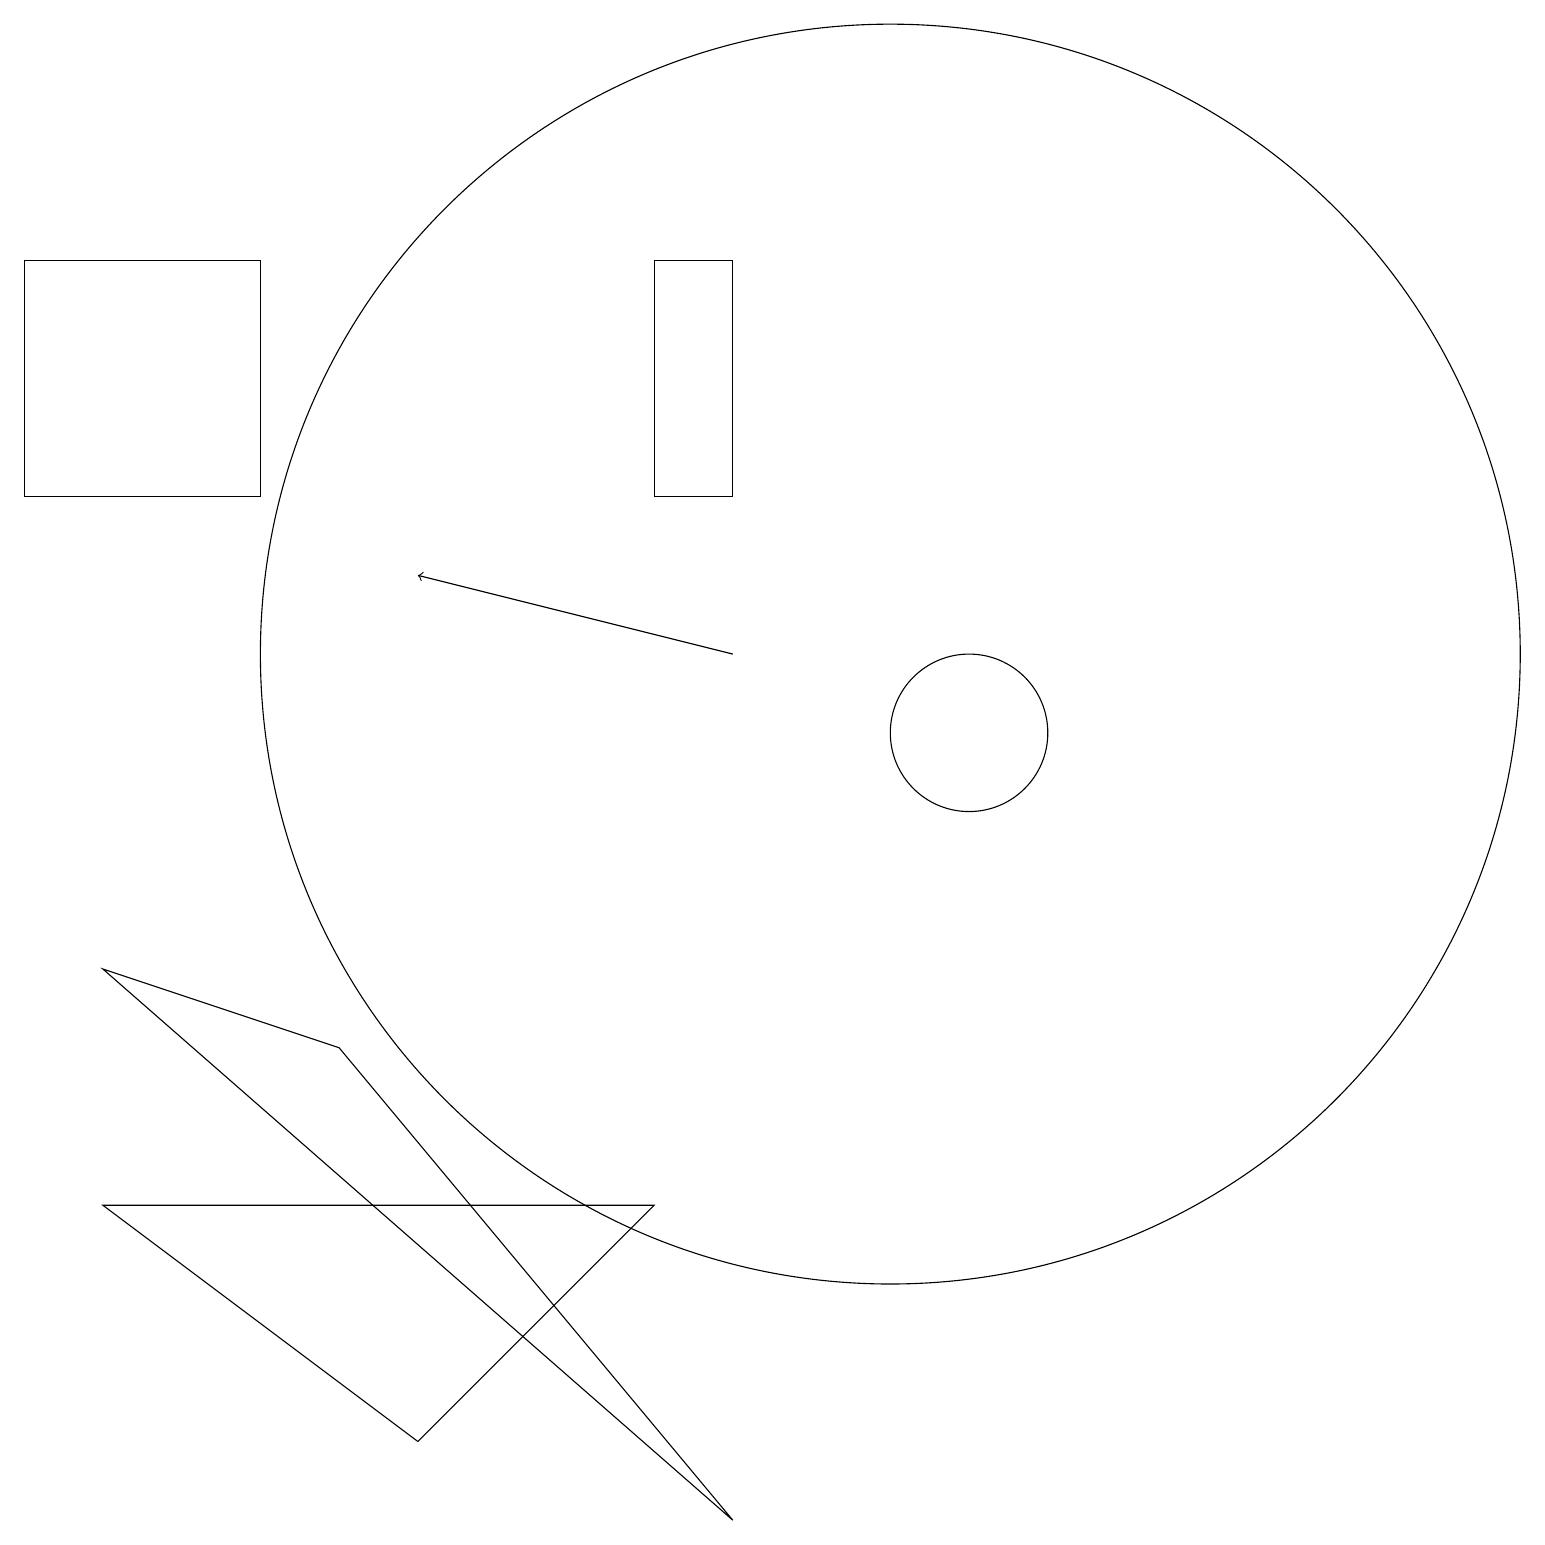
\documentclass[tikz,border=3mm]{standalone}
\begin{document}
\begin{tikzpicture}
\draw (11,12) circle (8);
\draw (9,14) rectangle (8,17);
\draw (12,11) circle (1);
\draw[->] (9,12) -- (5,13);
\draw (0,14) rectangle (3,17);
\draw (9,1) -- (4,7) -- (1,8) -- cycle;
\draw (8,5) -- (5,2) -- (1,5) -- cycle;
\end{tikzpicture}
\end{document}